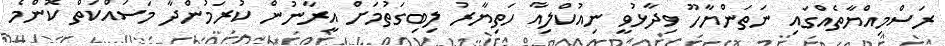
ރަސްމިއްޔާތެއްގައި ނަތަންޔާހޫ ވިދާޅުވީ ނިއުކްލިއާ ހަތިޔާރު ލިބިގަތުމަށް އީރާނުން ކުރަމުންދާ މަސައްކަތް ކޮންމެ